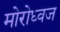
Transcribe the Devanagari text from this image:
मोरोध्‍वज